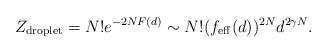
LaTeX: \begin{align*}Z_{\rm droplet} = N! e^{-2 N F(d)} \sim N! (f_{\rm eff}(d))^{2N} d^{2\gamma N}.\end{align*}